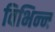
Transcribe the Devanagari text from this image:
विभिन्‍न